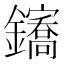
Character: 𲇪